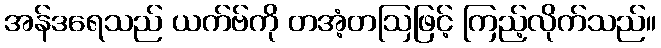
အန်ဒရေသည် ယက်ဗ်ကို တအံ့တဩဖြင့် ကြည့်လိုက်သည်။